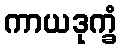
ကာယဒုက္ခံ